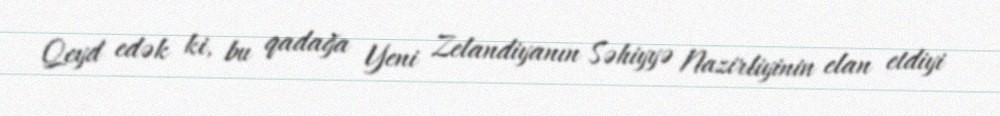
Qeyd edək ki, bu qadağa Yeni Zelandiyanın Səhiyyə Nazirliyinin elan etdiyi